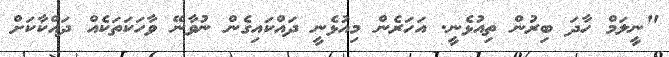
"ނީލަމް ހާދަ ބިރުން ތިއުޅެނީ. އަހަރެން މިއުޅެނީ ދައްކައިގެން ނުވާނޭ ވާހަކަތަކެއް ދައްކާކަށް